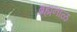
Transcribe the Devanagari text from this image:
ब्रह्मनाळ